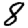
Digit: 8